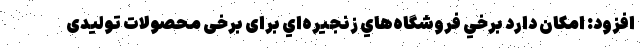
افزود: امكان دارد برخي فروشگاه‌هاي زنجيره‌اي برای برخی محصولات تولیدی